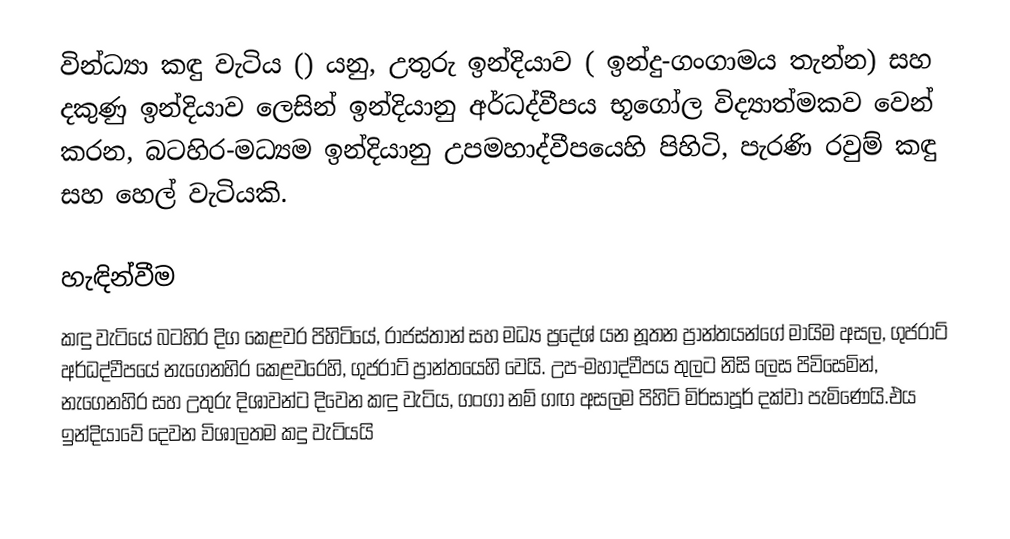
වින්ධ්‍යා කඳු වැටිය () යනු,  උතුරු ඉන්දියාව ( ඉන්දු-ගංගාමය තැන්න) සහ දකුණු ඉන්දියාව ලෙසින් ඉන්දියානු අර්ධද්වීපය භූගෝල විද්‍යාත්මකව වෙන් කරන,  බටහිර-මධ්‍යම ඉන්දියානු උපමහාද්වීපයෙහි පිහිටි,  පැරණි රවුම් කඳු සහ හෙල් වැටියකි.

හැඳින්වීම
කඳු වැටියේ බටහිර දිග කෙළවර පිහිටියේ, රාජස්තාන් සහ මධ්‍ය ප්‍රදේශ් යන නූතන ප්‍රාන්තයන්ගේ මායිම අසල, ගුජරාට් අර්ධද්වීපයේ නැගෙනහිර කෙළවරෙහි, ගුජරාට් ප්‍රාන්තයෙහි වෙයි. උප-මහාද්වීපය තුලට නිසි ලෙස පිවිසෙමින්, නැගෙනහිර සහ උතුරු දිශාවන්ට දිවෙන කඳු වැටිය, ගංගා නම් ගඟ අසලම පිහිටි මිර්සාපූර් දක්වා පැමිණෙයි.එය ඉන්දියාවේ දෙවන විශාලතම කදු වැටියයි